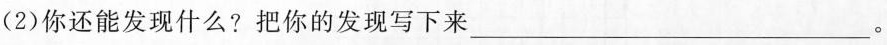
（2）你还能发现什么？把你的发现写下来___